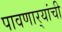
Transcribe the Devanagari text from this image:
पावणार्‍यांची